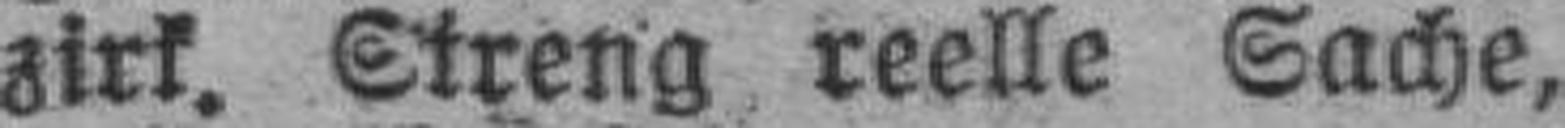
zirk. Streng reelle Sache,